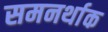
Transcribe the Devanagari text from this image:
समनर्थाक